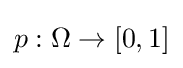
p:\Omega \rightarrow [0,1]